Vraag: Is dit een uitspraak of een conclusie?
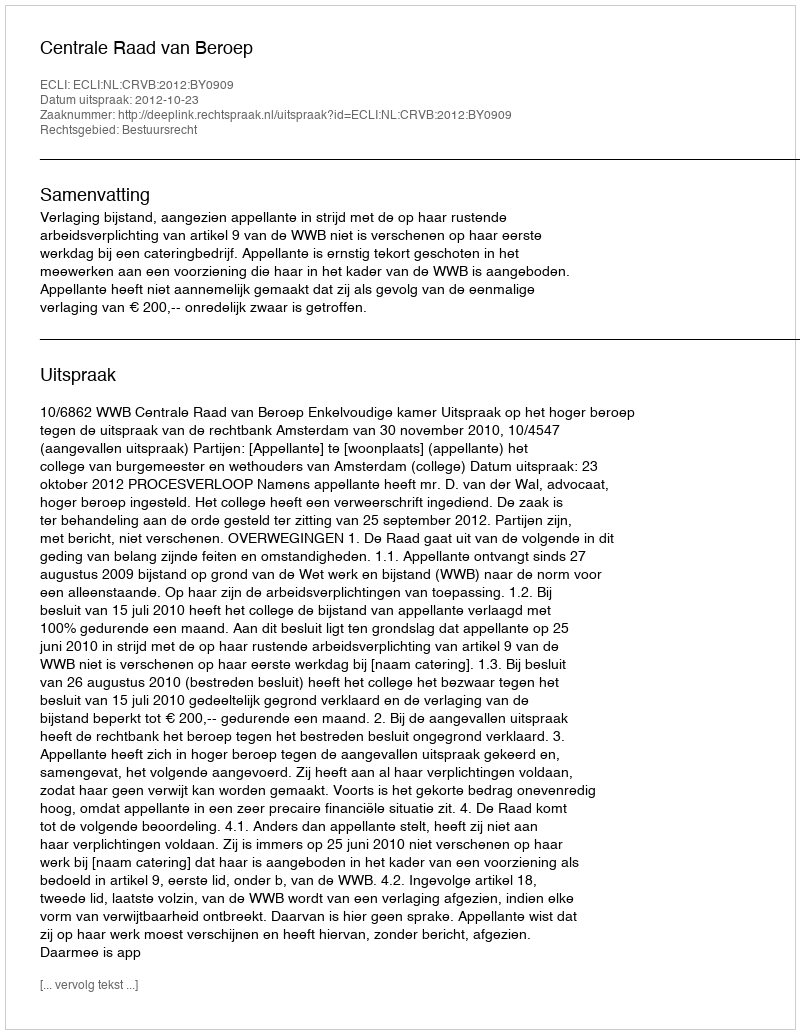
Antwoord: Uitspraak